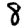
Digit: 8